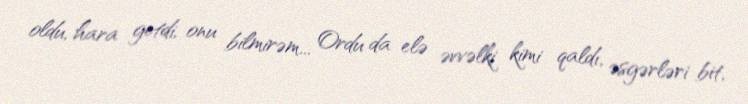
oldu, hara getdi, onu bilmirəm... Ordu da elə əvvəlki kimi qaldı, əsgərləri bit,